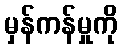
မှန်ကန်မှုကို